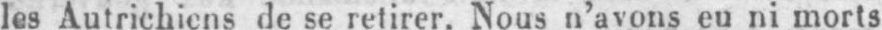
les Autrichiens de se retirer. Nous n’avons eu ni morts